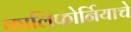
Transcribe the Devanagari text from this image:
कालिफोर्नियाचे